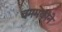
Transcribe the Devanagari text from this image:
चममकीने